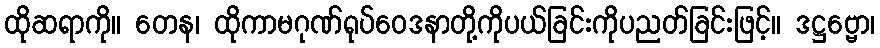
ထိုဆရာကို။ တေန၊ ထိုကာမဂုဏ်ရုပ်ဝေဒနာတို့ကိုပယ်ခြင်းကိုပညတ်ခြင်းဖြင့်။ ဒဋ္ဌဗ္ဗော၊